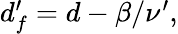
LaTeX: \begin{array}{r}{d_{f}^{\prime}=d-\beta/\nu^{\prime},}\end{array}